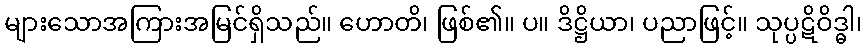
များသောအကြားအမြင်ရှိသည်။ ဟောတိ၊ ဖြစ်၏။ ပ။ ဒိဋ္ဌိယာ၊ ပညာဖြင့်။ သုပ္ပဋိဝိဒ္ဓါ၊